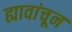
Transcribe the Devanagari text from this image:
ह्यावांचून